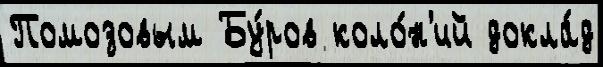
Помозовым Бу́ров коло́н'ий докла́д